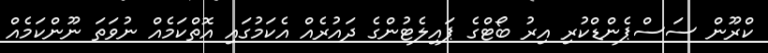
ކްރޫން ސަސްޕެންޑްކުރި އިރު ބޯޓްގެ ޕައިލެޓުންގެ ދައުރެއް އެކަމުގައި އޮތްކަމެއް ނުވަތަ ނޫންކަމެއް